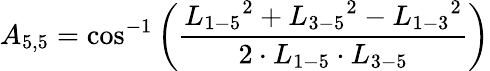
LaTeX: {A_{5,5}}=\cos^{-1}\left(\frac{{L_{1-5}}^{2}+{L_{3-5}}^{2}-{L_{1-3}}^{2}}{2\cdot{L_{1-5}}\cdot{L_{3-5}}}\right)